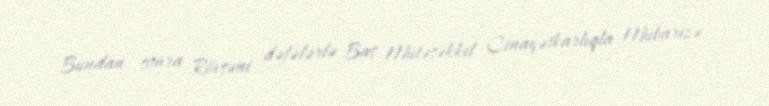
Bundan sonra Rövşəni dəfələrlə Baş Mütəşəkkil Cinayətkarlıqla Mübarizə